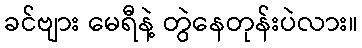
ခင်ဗျား မေရီနဲ့ တွဲနေတုန်းပဲလား။